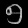
Digit: ၅